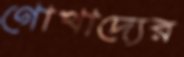
গোখাদ্যের